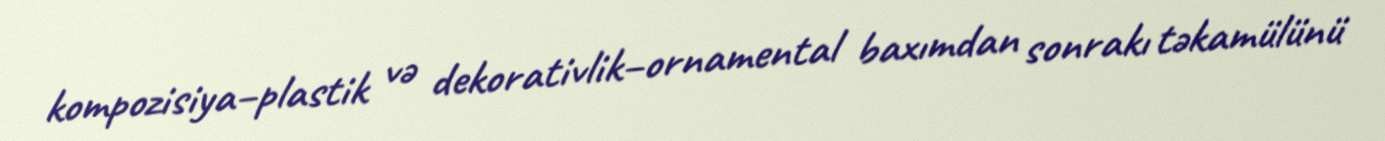
kompozisiya–plastik və dekorativlik–ornamental baxımdan sonrakı təkamülünü